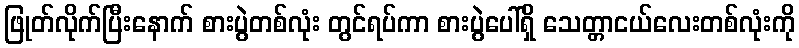
ဖြုတ်လိုက်ပြီးနောက် စားပွဲတစ်လုံး တွင်ရပ်ကာ စားပွဲပေါ်ရှိ သေတ္တာငယ်လေးတစ်လုံးကို